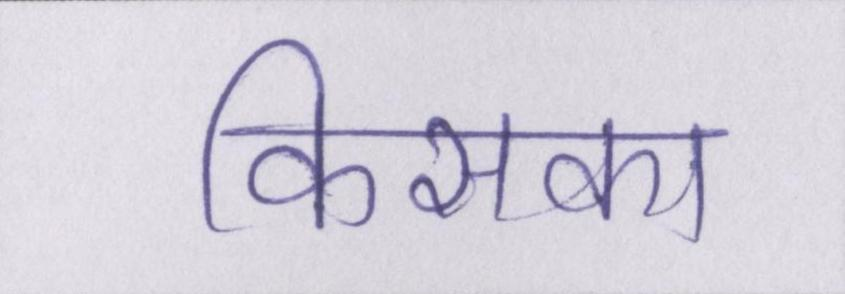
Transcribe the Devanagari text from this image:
किसका